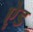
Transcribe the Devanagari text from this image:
ऐ़ड